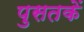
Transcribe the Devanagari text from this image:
पुसतकें